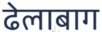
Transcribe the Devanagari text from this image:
ढेलाबाग